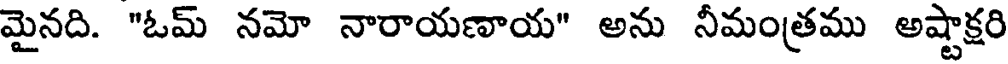
మైనది. "ఓమ్ నమో నారాయణాయ" అను నీమంత్రము అష్టాక్షరి